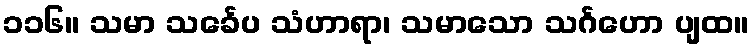
၁၁၆။ သမာ သင်္ခေပ သံဟာရာ၊ သမာသော သင်္ဂဟော ပျထ။